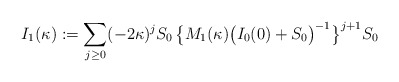
\begin{align*}I_1(\kappa):=\sum_{j\ge0}(-2\kappa)^jS_0\;\!\big\{M_1(\kappa)\big(I_0(0)+S_0\big)^{-1}\big\}^{j+1}S_0\end{align*}